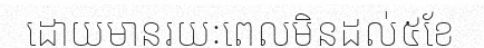
ដោយមានរយៈពេលមិនដល់៥ខែ